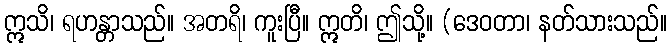
ဣသိ၊ ရဟန္တာသည်။ အတရိ၊ ကူးပြီ။ ဣတိ၊ ဤသို့။ (ဒေဝတာ၊ နတ်သားသည်။